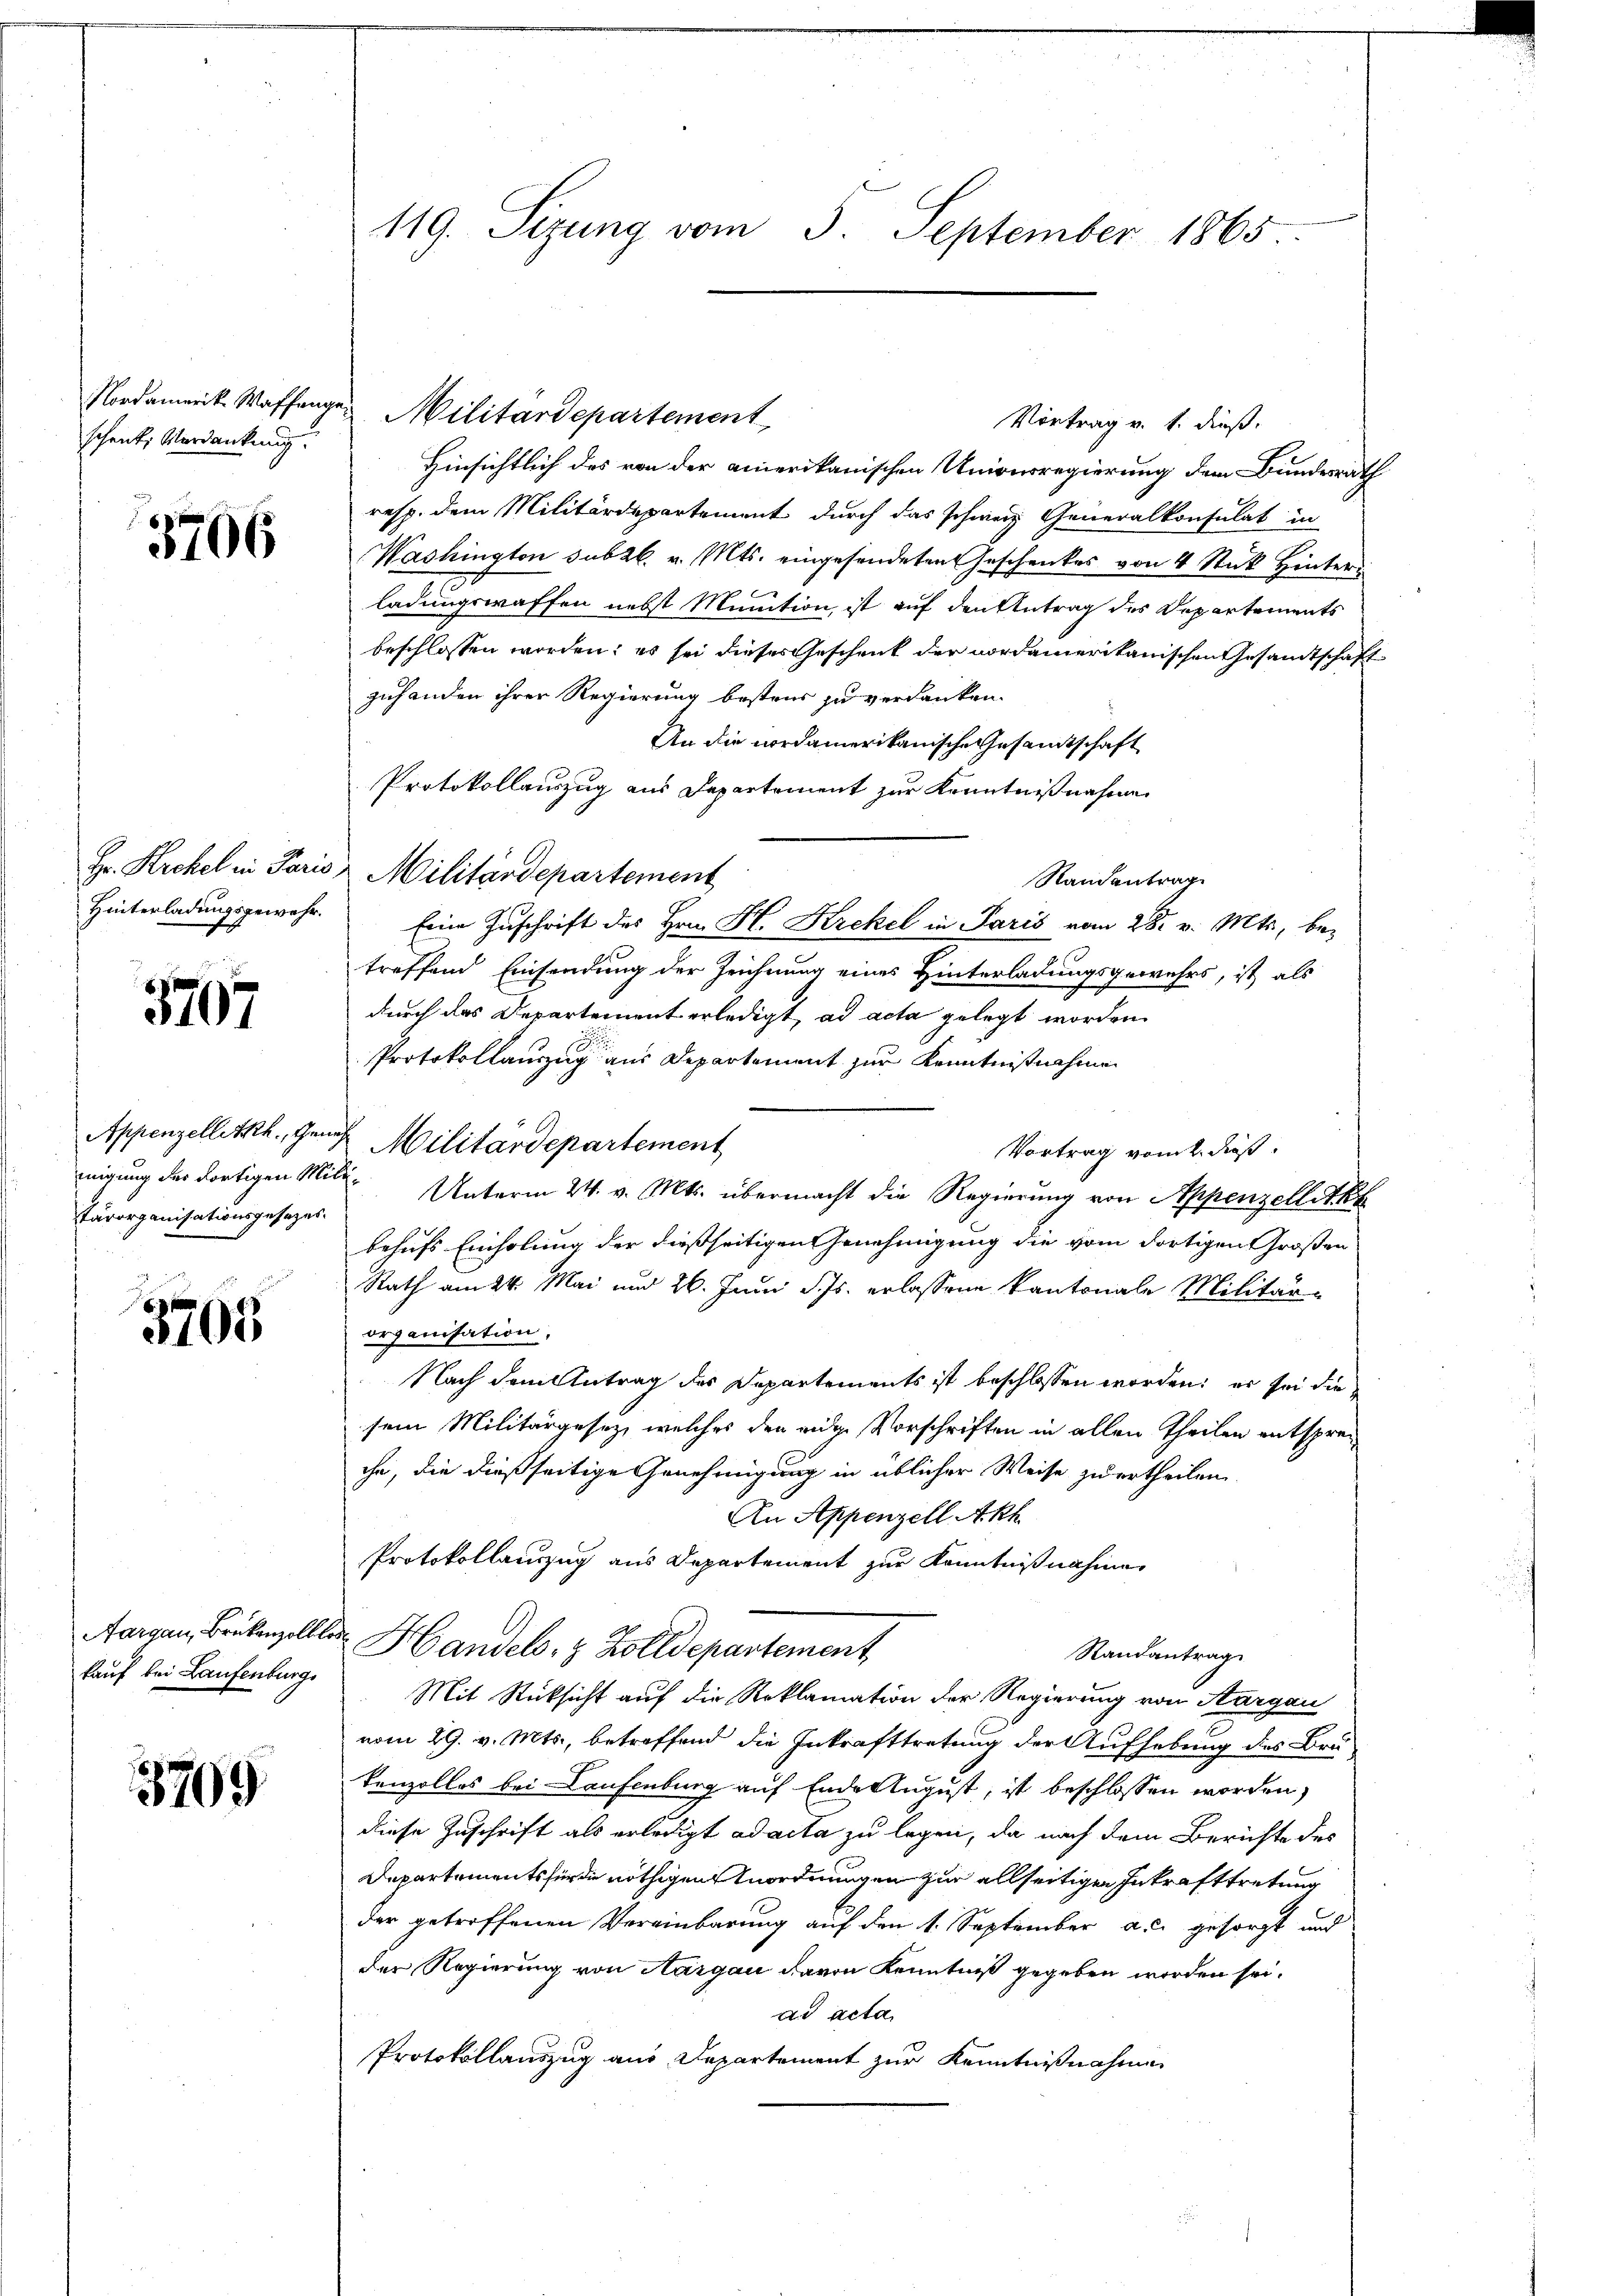
schente Verdankung.

3706

3707

tärorganisationsgesezes-

3705

kauf bei Laufenburg,

3799

119. Sizung vom 5. September 1865.

Hinsichtlich des von der amerikanischen Univerregierung dem Bundesrath
resp. dem Militärdepartement durch das schweiz. Generalkonsulat in
Washington subzl. v. Mts. eingesendeten Geschenkes von 4 Stuk Hinterx
ladungswaffen nebst Munition, ist auf den Antrag des Departements
beschlossen worden: es sei dieses Geschenk der nordamerikanischen Gesandtschaft
zuhanden ihrer Regierung bestens zu verdanken.
An die nordamerikanische Gesandtschaft
Protokollauszug aus Departement zur Kenntnißnahmen
Hr. Kirchel in Paris Militärdepartement
Randantrag
Hinterladungsgewahr. Eine Zuschrift des Hrn. H. Krekel in Paris vom 28. v. Mts., betreffend Einsendung der Zeichnung eines Hinterladungsgewehrs, ist als
durch das Departement erledigt, ad acta gelegt worden
10
Protokollauszug aus Departement zur Kenntnißnahme
Appenzellitzt, gene Militärdepartement
Vortrag vom 2. dieß
migung des dortigen Mit Unterm 24. v. Mts. übermacht die Regierung von Appenzellett
behufs Einholung der dießseitigen Genehmigung die vom dortigen Großen
Rath am 24. Mai und 26. Juni d. Js. erlassene Kantonale Militär-
organisation,
Nach dem Antrag des Departements ist beschlossen worden; er sei die
sem Militärgesetz, welches den eidge Vorschriften in allen Theilen entsprec
chn, die dießseitige Genehmigung in üblicher Weise zu ertheilen.
An Appenzell Akh
Protokollauszug aus Departement zur Kenntnißnahme
Aargau, Brükenzolller Handels- & Zolldepartement
Randantrag
Mit Rücksicht auf die Reklamation der Regierung von Aargau
vom 29. v. Mts., betreffend die Inkrafttretung der Aufhebung des Bru-
kenzollos bei Laufenburg auf Ende August, ist beschlossen worden,
diese Zuschrift als erledigt ad acta zu legen, da nach dem Berichte des
Departements für die nöthigen Anordnungen zur allseitigen Inkrafttretung
der getroffenen Vereinbarung auf den 1. September a.c. gesorgt und
der Regierung von Aargau davon Kenntniß gegeben worden sei.
ad acta
Protokollauszug aus Departement zur Kenntnißnahme

Nordamerike Waffangen Militärdepartement

Vortrag v. 1. dieß.